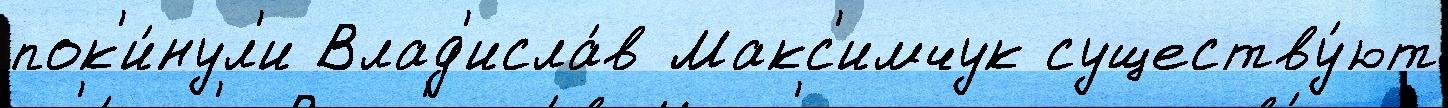
пок'и́нул'и Влад'исла́в Макс'имчук существу́ют